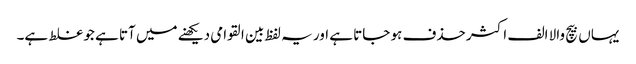
یہاں بیچ والا الف اکثر حذف ہو جاتا ہے اور یہ لفظ بین القوامی دیکھنے میں آتا ہے جو غلط ہے۔